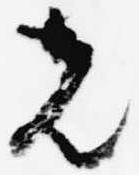
先